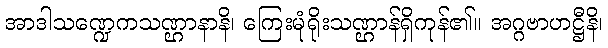
အာဒါသဏ္ဍေကသဏ္ဌာနာနိ၊ ကြေးမုံရိုးသဏ္ဌာန်ရှိကုန်၏။ အဂ္ဂဗာဟဋ္ဌီနိ၊